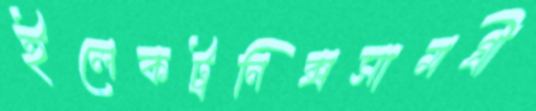
ইলেকট্রনিক্সসামগ্রী